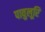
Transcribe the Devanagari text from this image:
पावुलूरि